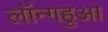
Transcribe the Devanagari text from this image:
लॉन्गहुआ